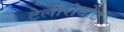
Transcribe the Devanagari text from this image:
टेलीरोबोट